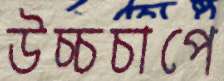
উচ্চচাপে